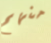
منهم